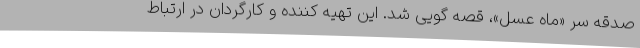
صدقه سر «ماه عسل»، قصه گویی شد. این تهیه کننده و کارگردان در ارتباط